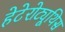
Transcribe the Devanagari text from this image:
हेटेरोट्यूथिस